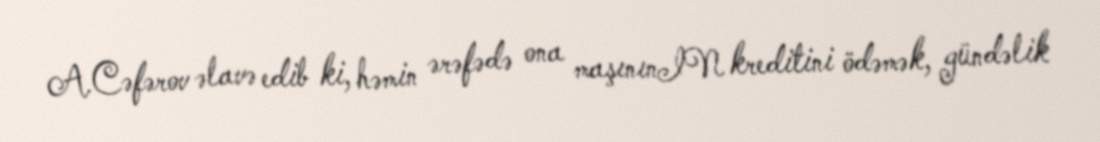
A.Cəfərov əlavə edib ki, həmin ərəfədə ona maşınınIN kreditini ödəmək, gündəlik